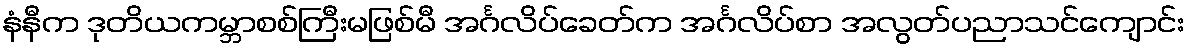
နံနီက ဒုတိယကမ္ဘာစစ်ကြီးမဖြစ်မီ အင်္ဂလိပ်ခေတ်က အင်္ဂလိပ်စာ အလွတ်ပညာသင်ကျောင်း